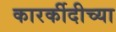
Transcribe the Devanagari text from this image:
कारर्कीदीच्या